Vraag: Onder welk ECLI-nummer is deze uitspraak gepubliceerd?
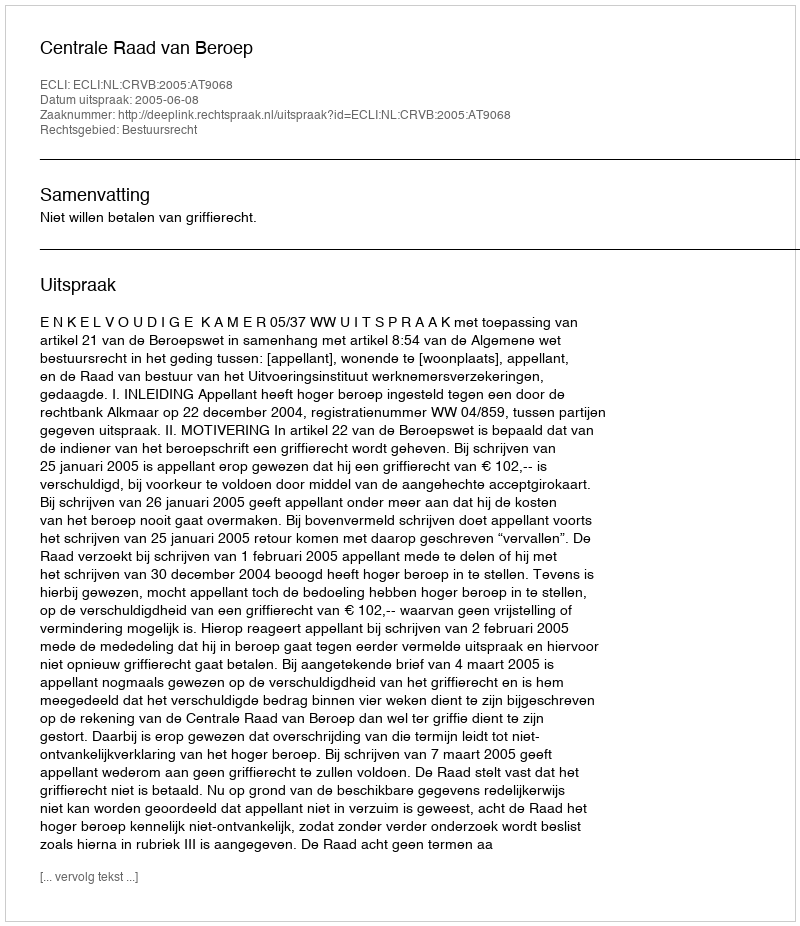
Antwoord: ECLI:NL:CRVB:2005:AT9068